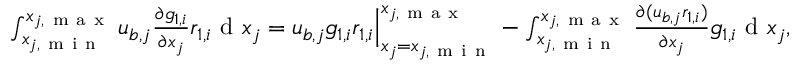
\begin{array} { r } { \int _ { x _ { j , \mathrm { ~ m ~ i ~ n ~ } } } ^ { x _ { j , \mathrm { ~ m ~ a ~ x ~ } } } { u _ { b , j } \frac { \partial g _ { 1 , i } } { \partial x _ { j } } r _ { 1 , i } } \mathrm { ~ d ~ } x _ { j } = u _ { b , j } g _ { 1 , i } r _ { 1 , i } \Big | _ { x _ { j } = x _ { j , \mathrm { ~ m ~ i ~ n ~ } } } ^ { x _ { j , \mathrm { ~ m ~ a ~ x ~ } } } - \int _ { x _ { j , \mathrm { ~ m ~ i ~ n ~ } } } ^ { x _ { j , \mathrm { ~ m ~ a ~ x ~ } } } { \frac { \partial ( u _ { b , j } r _ { 1 , i } ) } { \partial x _ { j } } g _ { 1 , i } } \mathrm { ~ d ~ } x _ { j } , } \end{array}